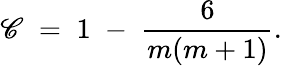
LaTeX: \mathscr{C}\; =\; 1\; -\; \frac{{6}}{{m(m+1)}}.